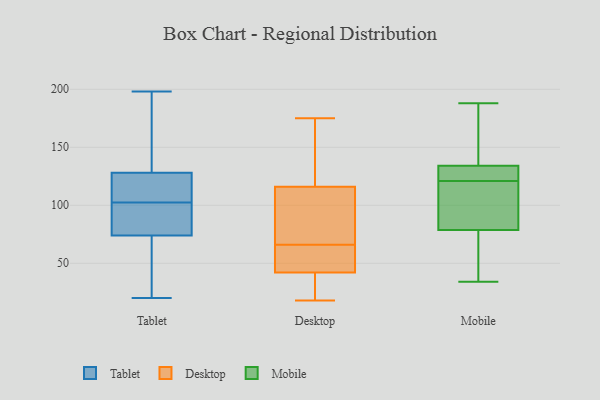
{"axis": {"x": "Latency (ms)", "y": "Value"}, "legend": ["Desktop", "Mobile", "Tablet"], "data": [{"x": "", "y": 20, "type": "Tablet"}, {"x": "", "y": 107, "type": "Tablet"}, {"x": "", "y": 141, "type": "Tablet"}, {"x": "", "y": 198, "type": "Tablet"}, {"x": "", "y": 98, "type": "Tablet"}, {"x": "", "y": 128, "type": "Tablet"}, {"x": "", "y": 116, "type": "Tablet"}, {"x": "", "y": 68, "type": "Tablet"}, {"x": "", "y": 74, "type": "Tablet"}, {"x": "", "y": 81, "type": "Tablet"}, {"x": "", "y": 38, "type": "Desktop"}, {"x": "", "y": 56, "type": "Desktop"}, {"x": "", "y": 99, "type": "Desktop"}, {"x": "", "y": 38, "type": "Desktop"}, {"x": "", "y": 18, "type": "Desktop"}, {"x": "", "y": 116, "type": "Desktop"}, {"x": "", "y": 123, "type": "Desktop"}, {"x": "", "y": 42, "type": "Desktop"}, {"x": "", "y": 57, "type": "Desktop"}, {"x": "", "y": 102, "type": "Desktop"}, {"x": "", "y": 175, "type": "Desktop"}, {"x": "", "y": 159, "type": "Desktop"}, {"x": "", "y": 62, "type": "Desktop"}, {"x": "", "y": 70, "type": "Desktop"}, {"x": "", "y": 188, "type": "Mobile"}, {"x": "", "y": 34, "type": "Mobile"}, {"x": "", "y": 136, "type": "Mobile"}, {"x": "", "y": 121, "type": "Mobile"}, {"x": "", "y": 57, "type": "Mobile"}, {"x": "", "y": 119, "type": "Mobile"}, {"x": "", "y": 75, "type": "Mobile"}, {"x": "", "y": 175, "type": "Mobile"}, {"x": "", "y": 90, "type": "Mobile"}, {"x": "", "y": 128, "type": "Mobile"}, {"x": "", "y": 127, "type": "Mobile"}]}